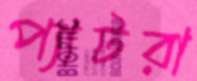
প্যাটরা